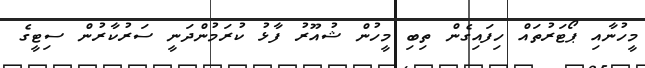
މީހުނާއި ޕޯޓަރުތައް ހިފައިގެން ތިބި މީހުން ޝުއޫރު ފާޅު ކުރަމުންދަނީ ސަރުކާރުން ސިޓީގެ